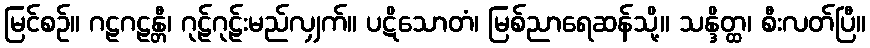
မြင်စဉ်။ ဂဠဂဠန္တီ၊ ဂုဠ်ဂုဠ်းမည်လျှက်။ ပဋိသောတံ၊ မြစ်ညာရေဆန်သို့။ သန္ဒိတ္ထ၊ စီးလတ်ပြီ။